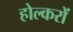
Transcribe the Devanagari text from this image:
होल्करों